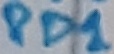
Text: PD1